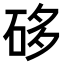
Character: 𥒥